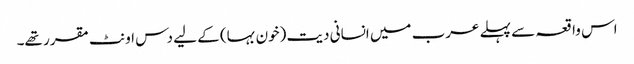
اس واقعہ سے پہلے عرب میں انسانی دیت (خون بہا) کے لیے دس اونٹ مقرر تھے۔